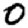
Digit: 0